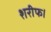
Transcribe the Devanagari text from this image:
शरीफ।